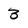
Character: 3